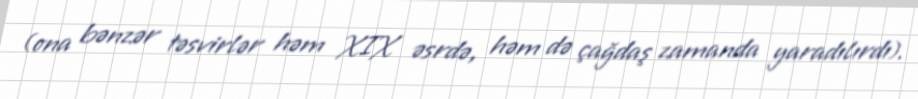
(ona bənzər təsvirlər həm XIX əsrdə, həm də çağdaş zamanda yaradılırdı).